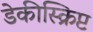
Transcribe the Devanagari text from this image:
डेकीस्क्रिप्ट